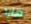
هارد